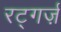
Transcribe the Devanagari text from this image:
रट्गर्ज़